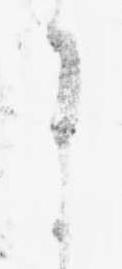
ま